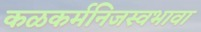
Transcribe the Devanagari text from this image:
कळकर्मनिजस्वभावा